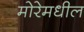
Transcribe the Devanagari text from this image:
मोरेमधील